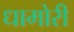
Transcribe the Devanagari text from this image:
धामोरी